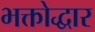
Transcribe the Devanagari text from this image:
भक्तोद्धार